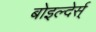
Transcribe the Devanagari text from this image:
बोइल्देर्स्